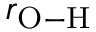
r _ { \mathrm { O - H } }